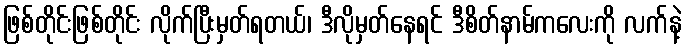
ဖြစ်တိုင်းဖြစ်တိုင်း လိုက်ပြီးမှတ်ရတယ်၊ ဒီလိုမှတ်နေရင် ဒီစိတ်နာမ်ကလေးကို လက်နဲ့